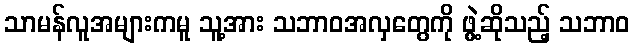
သာမန်လူအများကမူ သူ့အား သဘာဝအလှတွေကို ဖွဲ့ဆိုသည့် သဘာဝ